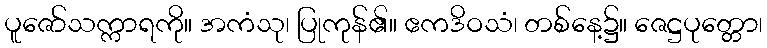
ပူဇော်သက္ကာရကို။ အကံသု၊ ပြုကုန်၏။ ဧကဒိဝသံ၊ တစ်နေ့၌။ ဇေဋ္ဌပုတ္တော၊